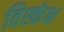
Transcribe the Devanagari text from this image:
विश्कंभ